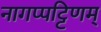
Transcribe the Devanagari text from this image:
नागप्पट्टिणम्